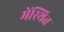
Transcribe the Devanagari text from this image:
मेंस्थित